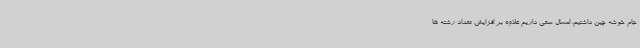
جام خوشه چین داشتیم، امسال سعی داریم علاوه بر افزایش تعداد رشته ها